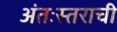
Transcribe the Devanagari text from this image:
अंतःस्तराची